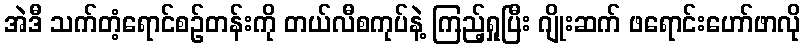
အဲဒီ သက်တံ့ရောင်စဉ်တန်းကို တယ်လီစကုပ်နဲ့ ကြည့်ရှုပြီး ဂျိုးဆက် ဖရောင်းဟော်ဖာလို